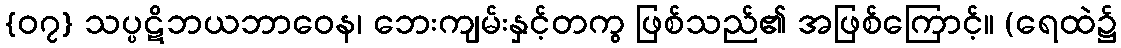
{၀၇} သပ္ပဋိဘယဘာဝေန၊ ဘေးကျမ်းနှင့်တကွ ဖြစ်သည်၏ အဖြစ်ကြောင့်။ (ရေထဲ၌